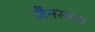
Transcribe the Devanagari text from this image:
जैनसंमत